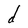
Character: d